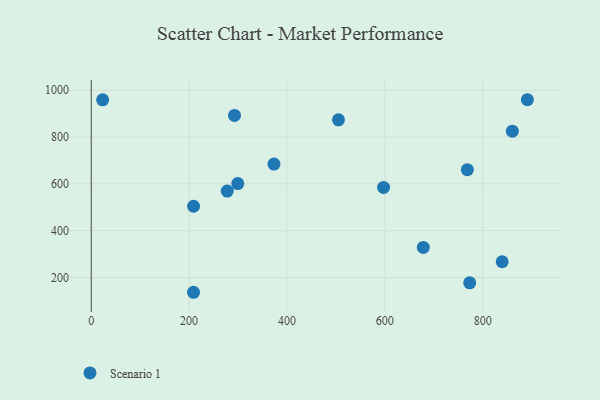
{"axis": {"x": "Distance", "y": "Sales"}, "legend": ["Scenario 1"], "data": [{"x": "505.3", "y": 873.5, "type": "Scenario 1"}, {"x": "209.1", "y": 136.5, "type": "Scenario 1"}, {"x": "768.7", "y": 660.3, "type": "Scenario 1"}, {"x": "278.0", "y": 569.0, "type": "Scenario 1"}, {"x": "773.5", "y": 177.1, "type": "Scenario 1"}, {"x": "891.4", "y": 959.4, "type": "Scenario 1"}, {"x": "292.8", "y": 892.5, "type": "Scenario 1"}, {"x": "839.9", "y": 266.9, "type": "Scenario 1"}, {"x": "597.5", "y": 584.8, "type": "Scenario 1"}, {"x": "678.7", "y": 328.1, "type": "Scenario 1"}, {"x": "373.5", "y": 684.5, "type": "Scenario 1"}, {"x": "860.7", "y": 825.1, "type": "Scenario 1"}, {"x": "23.3", "y": 959.0, "type": "Scenario 1"}, {"x": "209.2", "y": 504.1, "type": "Scenario 1"}, {"x": "299.5", "y": 601.2, "type": "Scenario 1"}]}